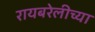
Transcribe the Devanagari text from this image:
रायबरेलीच्या